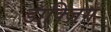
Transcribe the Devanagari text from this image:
डाक्ज़िग